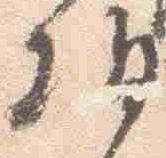
朝